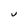
Character: U